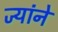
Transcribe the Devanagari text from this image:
ज्यांने